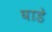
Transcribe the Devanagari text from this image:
घाडे